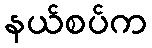
နယ်စပ်က